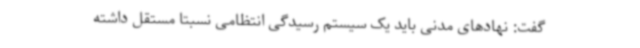
گفت: نهادهای مدنی باید یک سیستم رسیدگی انتظامی نسبتاً مستقل داشته